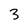
Character: 3